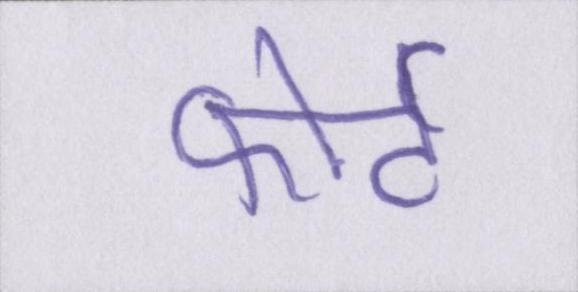
फोर्ट